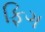
ફિગ